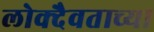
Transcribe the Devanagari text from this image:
लोक्दैवताच्या